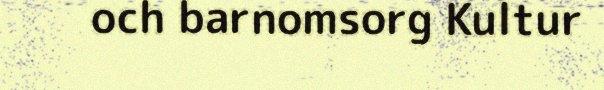
och barnomsorg Kultur